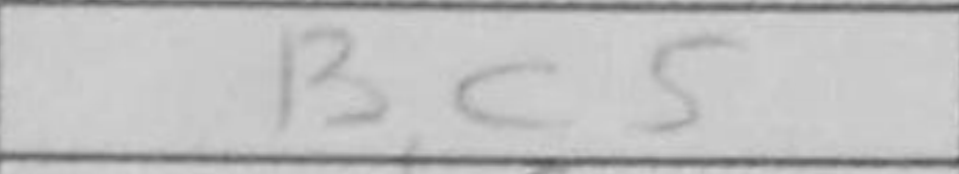
Transcription: Bc5